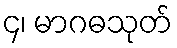
၄၊ မာဂဓသုတ်